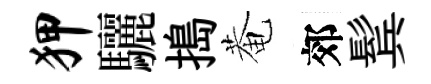
狎驪搗菴郊鬂